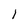
Character: 1